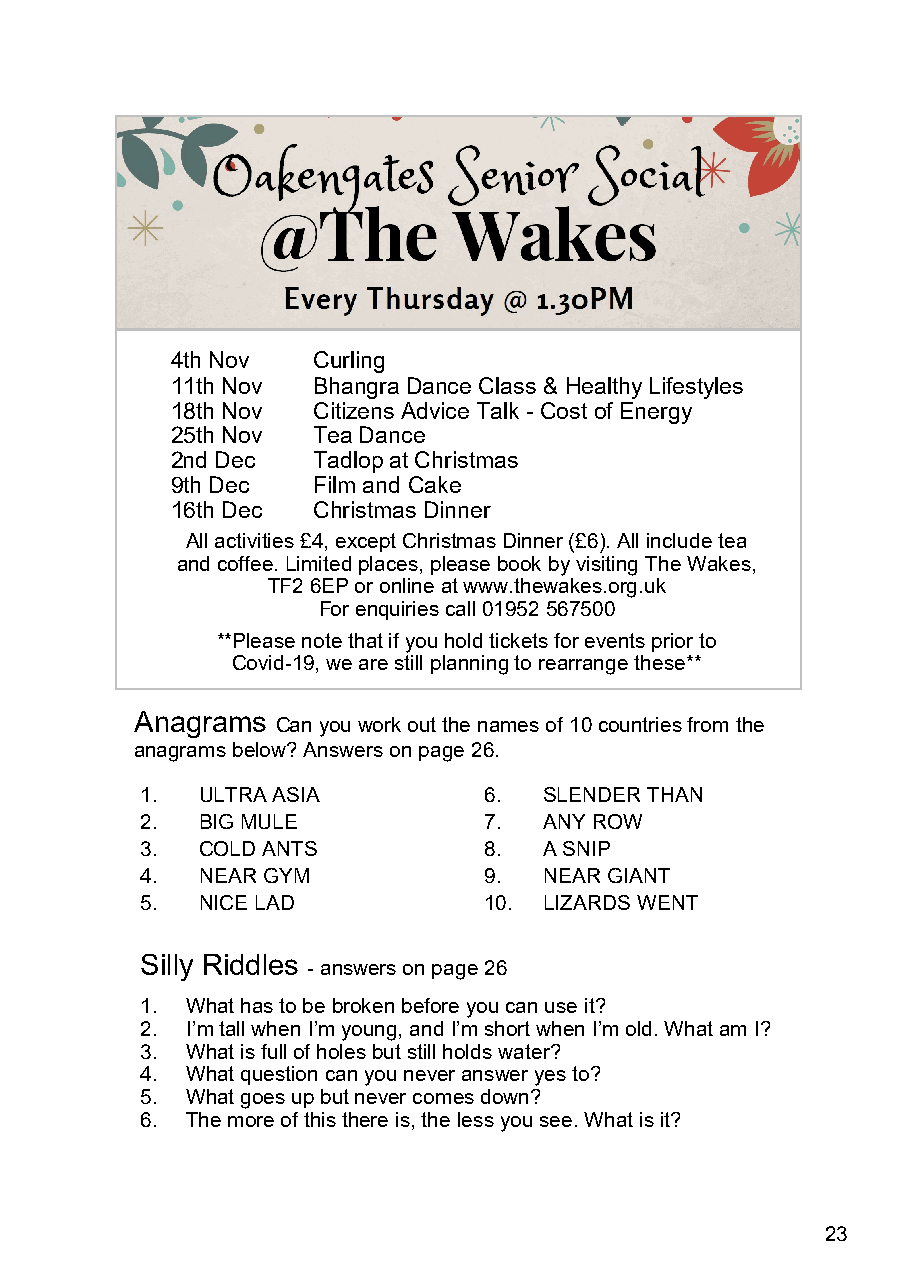
4th Nov   Curling
 11th Nov  Bhangra Dance Class & Healthy Lifestyles
 18th Nov  Citizens Advice Talk - Cost of Energy
 25th Nov  Tea Dance
 2nd Dec   Tadlop at Christmas
 9th Dec   Film and Cake
 16th Dec  Christmas Dinner
 All activities £4, except Christmas Dinner (£6). All include tea
 and coffee. Limited places, please book by visiting The Wakes,
 TF2 6EP or online at www.thewakes.org.uk
 For enquiries call 01952 567500
 **Please note that if you hold tickets for events prior to
 Covid-19, we are still planning to rearrange these**
 Anagrams
 Can you work out the names of 10 countries from the
 anagrams below? Answers on page 26.
 1.  ULTRA ASIA         6.  SLENDER THAN
 2.  BIG MULE           7.  ANY ROW
 3.  COLD ANTS          8.  A SNIP
 4.  NEAR GYM           9.  NEAR GIANT
 5.  NICE LAD           10. LIZARDS WENT
 Silly Riddles
 - answers on page 26
 1. What has to be broken before you can use it?
 2. I’m tall when I’m young, and I’m short when I’m old. What am I?
 3. What is full of holes but still holds water?
 4. What question can you never answer yes to?
 5. What goes up but never comes down?
 6. The more of this there is, the less you see. What is it?
 23